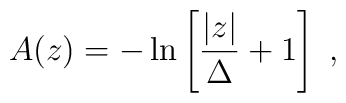
A(z)=-\ln\left[{|z|\over\Delta}+1\right]~,